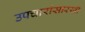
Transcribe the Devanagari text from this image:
उपचारांसारखी